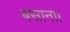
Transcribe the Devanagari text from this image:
बसाना।